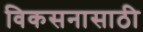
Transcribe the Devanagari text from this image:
विकसनासाठी